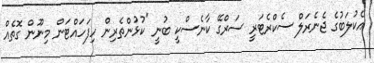
އެކުލަބުގެ ޖެނެރަލް ސެކްރެޓަރީ ސަރްގޭ ކާނެސްކީ ބުނީ "ކުޅުންތެރިން ހިފަހައްޓަން މިނޫން ގޮތެއް